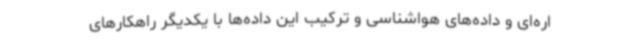
اره‌ای و داده‌های هواشناسی و ترکیب این داده‌ها با یکدیگر راهکارهای